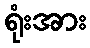
ရုံးအား